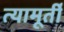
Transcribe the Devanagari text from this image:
त्यामूर्ती